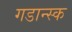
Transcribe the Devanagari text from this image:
गडान्स्क